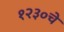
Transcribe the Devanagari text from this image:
१२३०चे